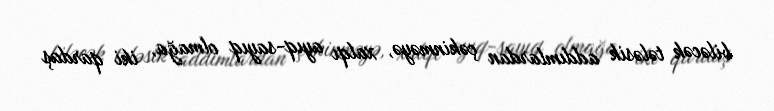
biləcək tələsik addımlardan çəkinməyə, xalqı ayıq-sayıq olmağa, iki qardaş